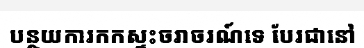
បន្ថយការកកស្ទះចរាចរណ៍ទេ បែរជានៅ